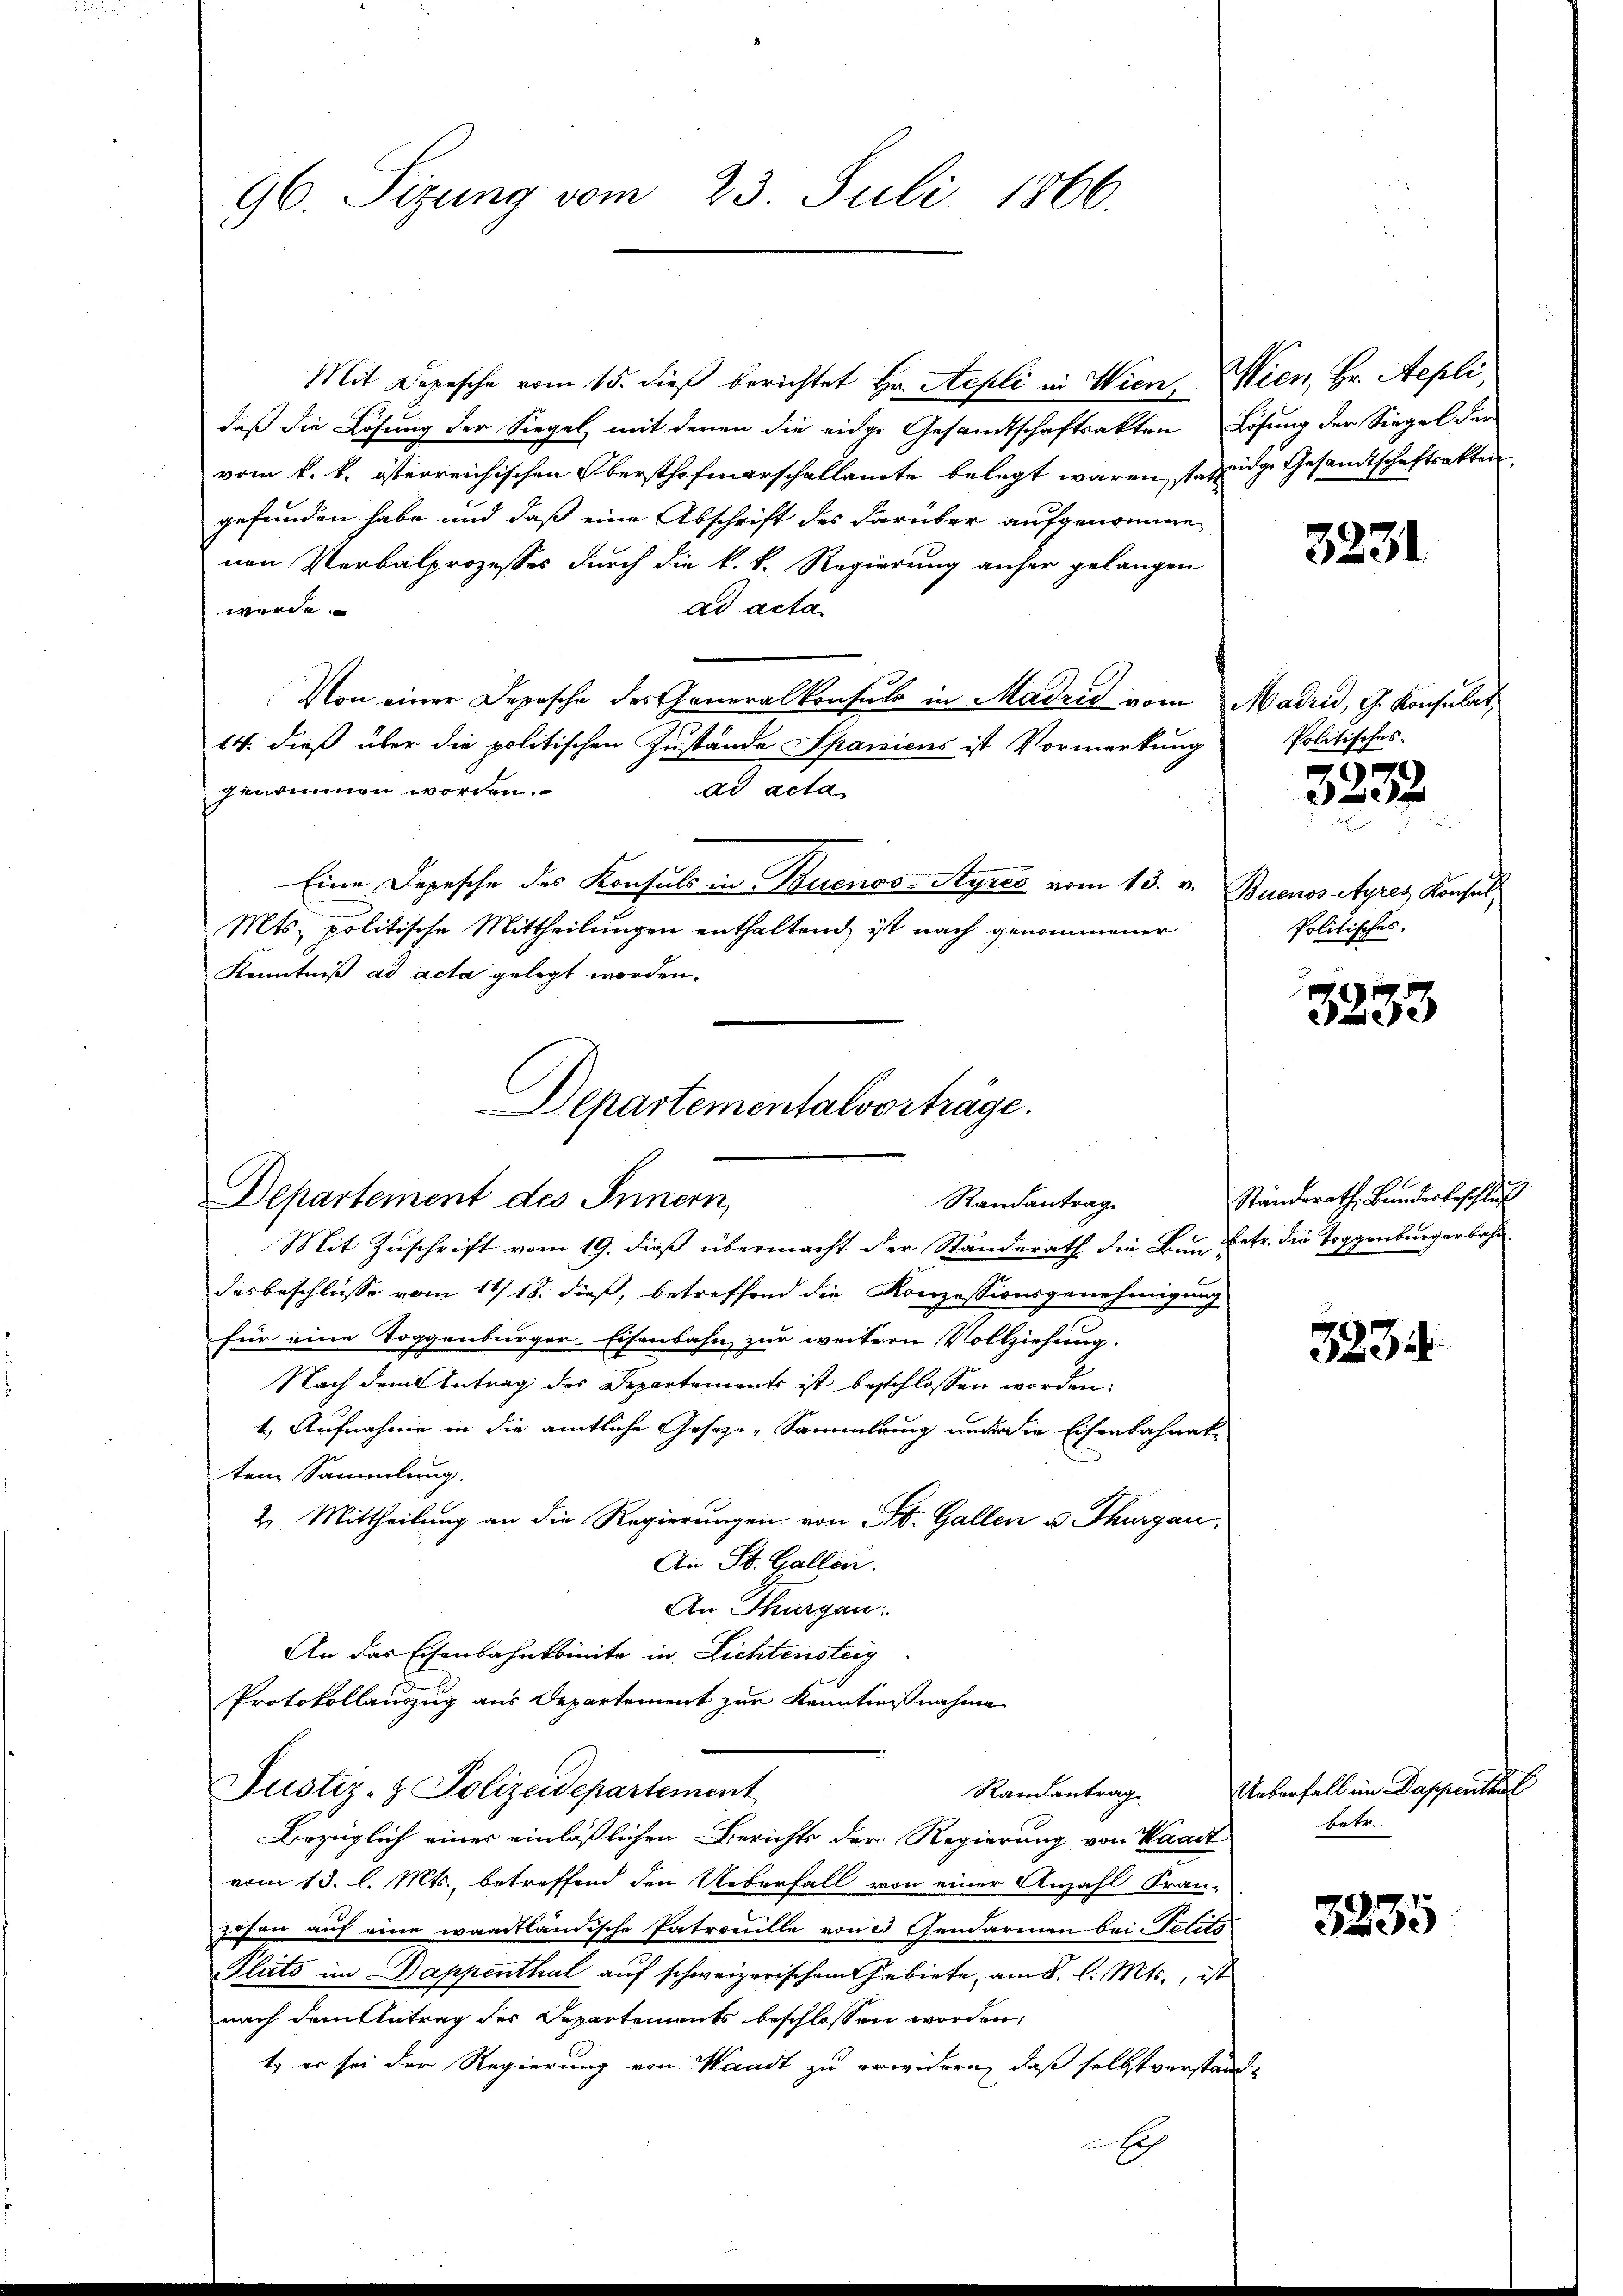
96. Sitzung vom 23. Juli 1866.

Mit Depesche vom 15. dieß berichtet Hr. Sepli in Wien, Wien, Hr. Aepli,
daß die Lösung der Siegel mit denen die eidge Gesandtschaftsakten Lösung der Siegel der
vom k. k. österreichischen Obersthofmarschallamte belegt waren, stanzige Gesandtschaftsakten
gefunden habe und daß eine Abschrift des darüber aufgenomme-
nen Verbalprozesses durch die k. k. Regierung anher gelangen
ad acta
wurde.
Von einer Depesche des Generalkonsuls in Madrid vom Madrid, G. Konsulat
14. dieß über die politischen Zustände Spaniens ist Vormerkung
genommen worden.
ad acta
Eine Depesche des Konsuls in Buenos-Ayres vom 13. v. Buenos Ayres Konsul
Mts. politische Mittheilungen enthaltend, ist nach genommener
Kenntniß ad acta gelegt worden.
Departement des Innern,
Mit Zuschrift vom 19. dieß übermacht der Standerath die Bun betr. die Toggenburgerbahndesbeschlüsse vom 11 18. dieß, betreffend die Konzessionsgenehmigung
für eine Toggenburger-Eisenbahn zur weitern Vollziehung.
Nach dem Antrag des Departements ist beschlossen worden:
1.) Aufnahme in die amtliche Gesez-Sammlung ander die Eisenbahnak-
tem Sammlung.
2. Mittheilung an die Regierungen von St. Gallen u. Thurgau,
An St. Gallen.
An Thurgau.
An das Eisenbahnkomite in Lichtensteig
Protokollauszug aus Departement zur Kenntnißnahme
Justiz- & Polizeidepartement
Randantrag
Bezüglich eines einläßlichen Berichts der Regierung von Waadt
vom 13. l. Mts., betreffend den Ueberfall von einer Anzahl Fran-
zosen auf eine waadtländische Patrouille von Gendarmen bei Petits
Plats im Dappenthal auf schweizerischem Gebiete, am 8. d. Mts., ist
nach dem Antrag des Departements beschlossen worden,
t, er sei der Regierung von Waadt zu erwidern, daß selbstverstand
h

Schartementalvorträge.
Randantrag

3231

Politisches.

3232.

Politisches.

3233

Ständerath Bundesbeschluß

3235.

Ueberfall im Dappenthal
betr.

3235